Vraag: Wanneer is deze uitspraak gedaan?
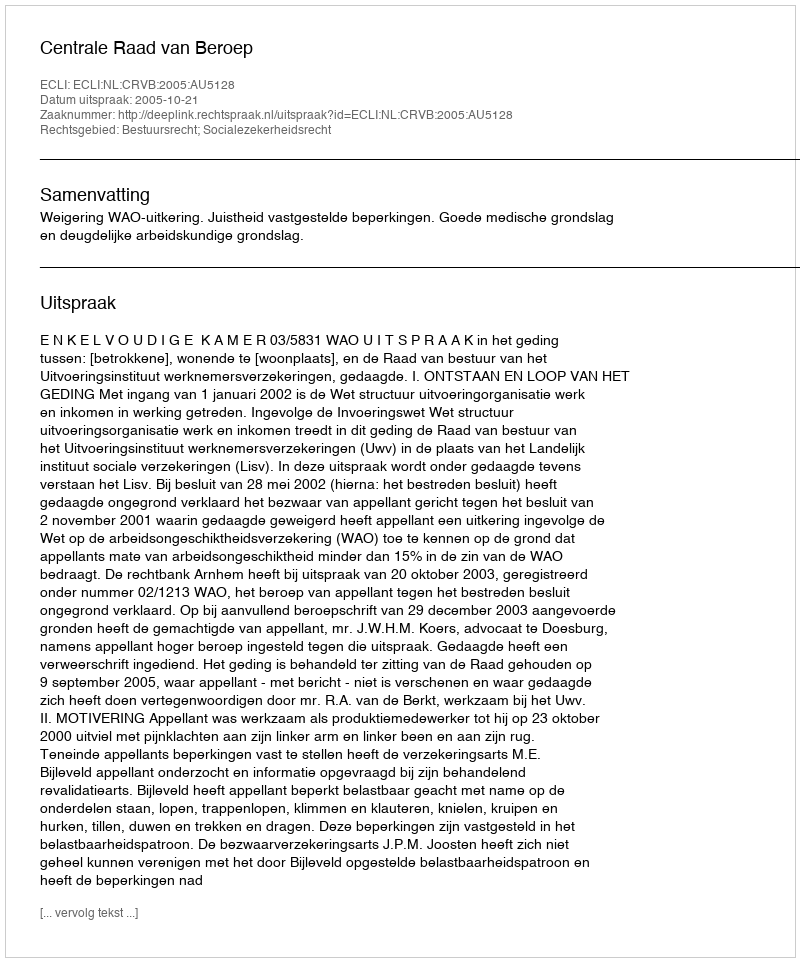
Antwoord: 2005-10-21